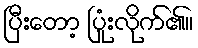
ပြီးတော့ ပြုံးလိုက်၏။